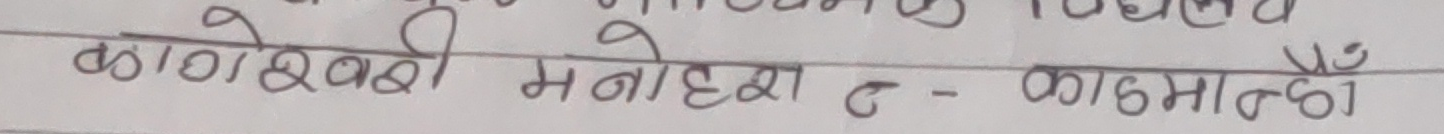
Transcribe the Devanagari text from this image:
काठेश्वरी मनोहरा - काठमाण्डौँ